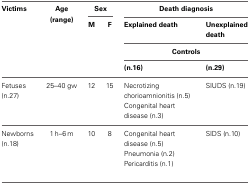
| Victims | Age (range) | <COLSPAN=2> Sex | <COLSPAN=2> Death diagnosis |
 |  |  | M | F | Explained death | Unexplained death |
 |  |  |  |  | <COLSPAN=2> Controls |
 |  |  |  |  | (n.16) | (n.29) |
 | --- | --- | --- | --- | --- | --- |
 | Fetuses (n.27) | 25–40 gw | 12 | 15 | Necrotizing chorioamnionitis (n.5) Congenital heart disease (n.3) | SIUDS (n.19) |
 | Newborns (n.18) | 1 h–6 m | 10 | 8 | Congenital heart disease (n.5) Pneumonia (n.2) Pericarditis (n.1) | SIDS (n.10) |